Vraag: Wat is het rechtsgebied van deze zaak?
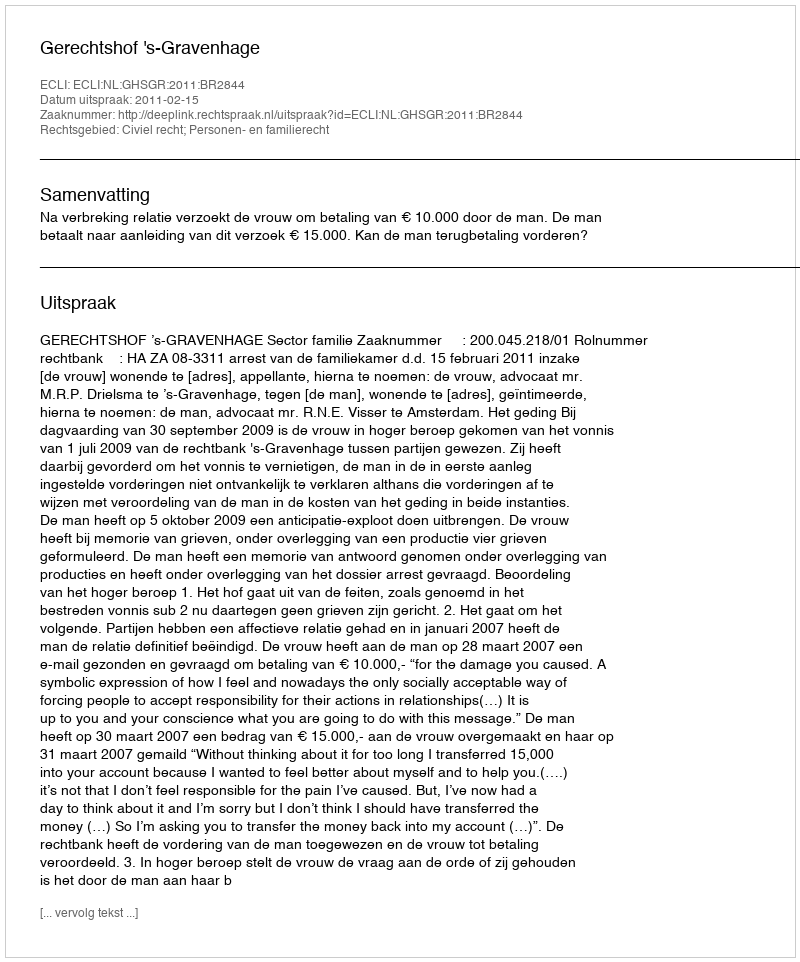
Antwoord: Civiel recht; Personen- en familierecht